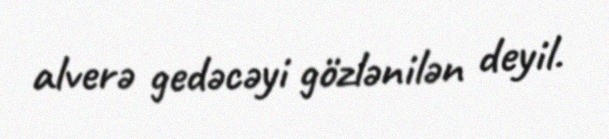
alverə gedəcəyi gözlənilən deyil.